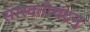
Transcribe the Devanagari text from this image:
सरस्वतीचंद्रनु